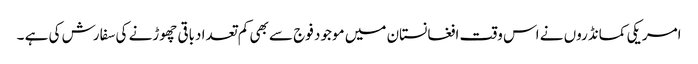
امریکی کمانڈروں نے اس وقت افغانستان میں موجود فوج سے بھی کم تعدا دباقی چھوڑنے کی سفارش کی ہے ۔